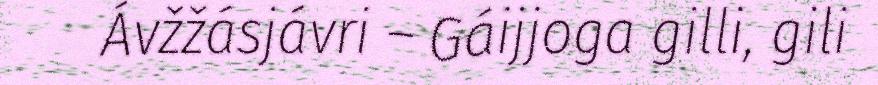
Ávžžásjávri – Gáijjoga gilli, gili